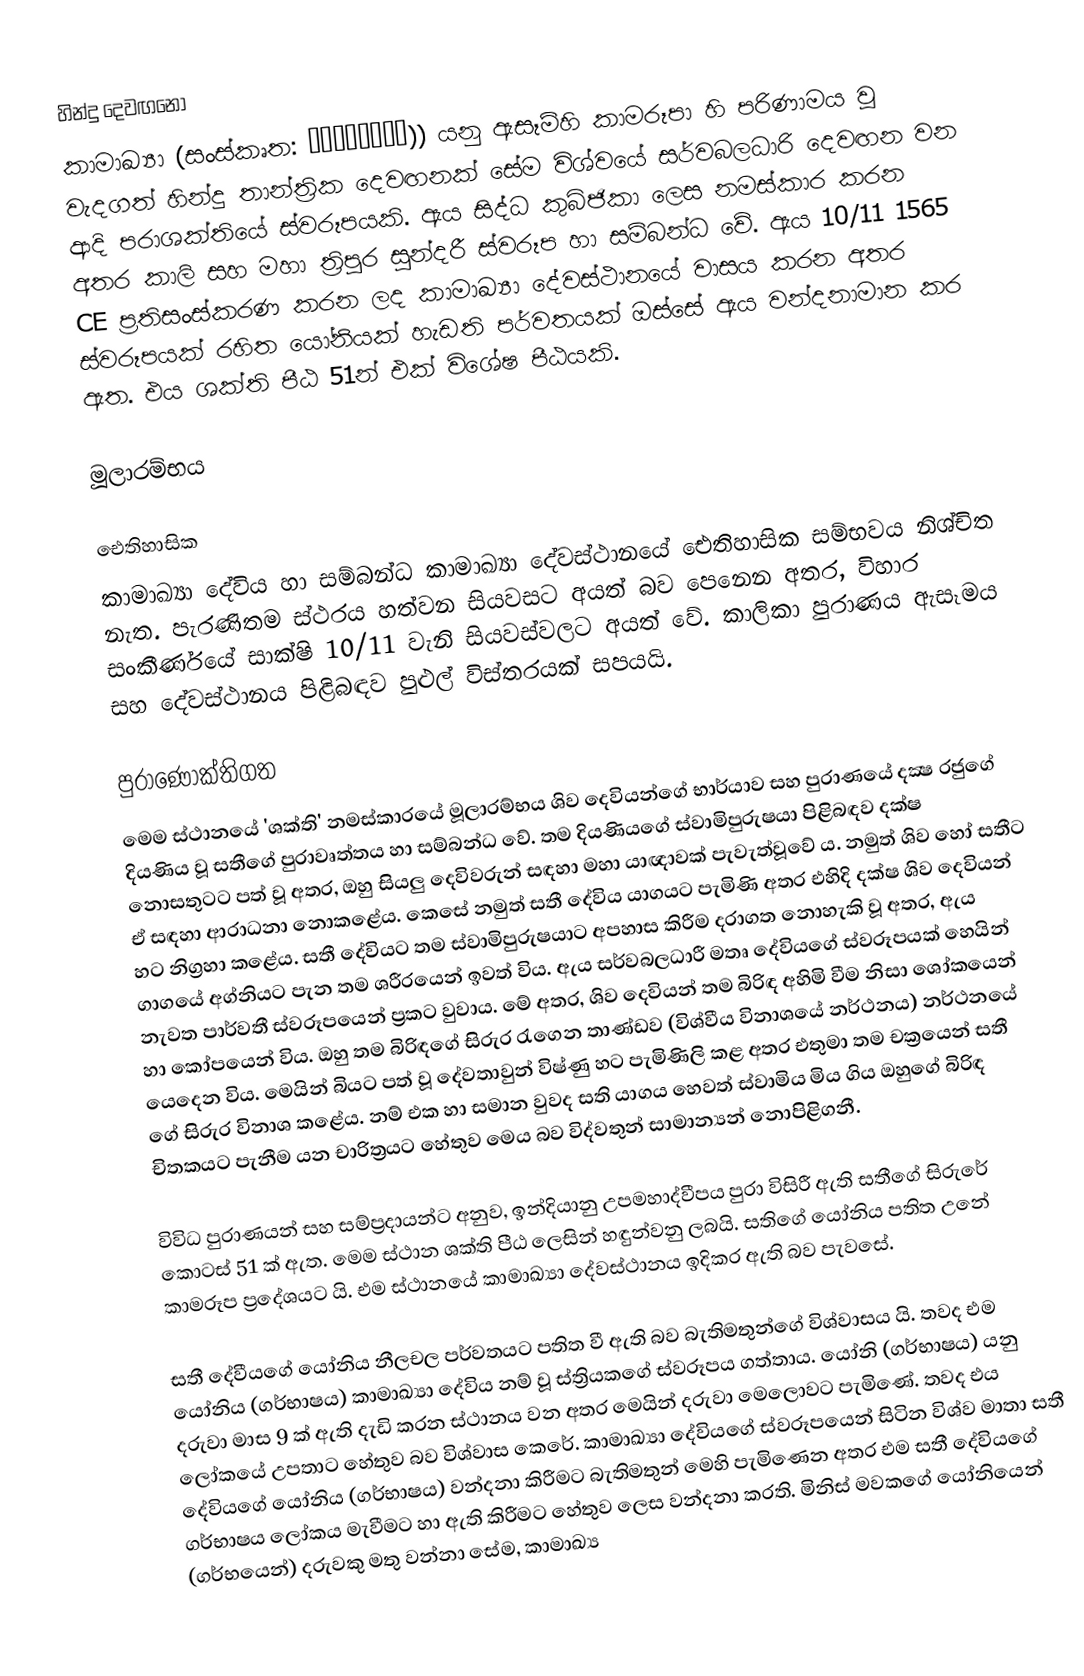
හින්දු දෙවඟනෝ
කාමාඛ්‍යා (සංස්කෘත: कामाख्या)) යනු ඇසෑම්හි කාමරූපා හි පරිණාමය වූ වැදගත් හින්දු තාන්ත්‍රික දෙවඟනක් සේම විශ්වයේ සර්වබලධාරි දෙවඟන වන ආදි පරාශක්තියේ ස්වරූපයකි. ඇය සිද්ධ කුබ්ජිකා ලෙස නමස්කාර කරන අතර කාලි සහ මහා ත්‍රිපුර සුන්දරී ස්වරූප හා සම්බන්ධ වේ. ඇය 10/11 1565 CE ප්‍රතිසංස්කරණ කරන ලද කාමාඛ්‍යා දේවස්ථානයේ වාසය කරන අතර ස්වරූපයක් රහිත යෝනියක් හැඩති පර්වතයක් ඔස්සේ ඇය වන්දනාමාන කර ඇත. එය ශක්ති පීඨ 51න් එක් විශේෂ පීඨයකි.

මූලාරම්භය

ඓතිහාසික
කාමාඛ්‍යා දේවිය හා සම්බන්ධ කාමාඛ්‍යා දේවස්ථානයේ ඓතිහාසික සම්භවය නිශ්චිත නැත. පැරණිතම ස්ථරය හත්වන සියවසට අයත් බව පෙනෙන අතර, විහාර සංකීර්ණයේ සාක්ෂි 10/11 වැනි සියවස්වලට අයත් වේ. කාලිකා පුරාණය ඇසෑමය සහ දේවස්ථානය පිළිබඳව පුළුල් විස්තරයක් සපයයි.

පුරාණෝක්තිගත
මෙම ස්ථානයේ 'ශක්ති' නමස්කාරයේ මූලාරම්භය ශිව දෙවියන්ගේ භාර්යාව සහ පුරාණයේ දක්‍ෂ රජුගේ දියණිය වූ සතීගේ පුරාවෘත්තය හා සම්බන්ධ වේ. තම දියණියගේ ස්වාමිපුරුෂයා පිළිබඳව දක්ෂ නොසතුටට පත් වූ අතර, ඔහු සියලු දෙවිවරුන් සඳහා මහා යාඥාවක් පැවැත්වූවේ ය. නමුත් ශිව හෝ සතීට ඒ සඳහා ආරාධනා නොකළේය. කෙසේ නමුත් සතී දේවිය යාගයට පැමිණි අතර එහිදි දක්ෂ ශිව දෙවියන් හට නිග්‍රහා කළේය. සතී දේවියට තම ස්වාමිපුරුෂයාට අපහාස කිරීම දරාගත නොහැකි වූ අතර, ඇය ගාගයේ අග්නියට පැන තම ශරීරයෙන් ඉවත් විය. ඇය සර්වබලධාරී මතෘ දේවියගේ ස්වරූපයක් හෙයින් නැවත පාර්වතී ස්වරූපයෙන් ප්‍රකට වුවාය. මේ අතර, ශිව දෙවියන් තම බිරිඳ අහිමි වීම නිසා ශෝකයෙන් හා කෝපයෙන් විය. ඔහු තම බිරිඳගේ සිරුර රැගෙන තාණ්ඩව (විශ්වීය විනාශයේ නර්ථනය) නර්ථනයේ යෙදෙන විය. මෙයින් බියට පත් වූ දේවතාවුන් විෂ්ණු හට පැමිණිලි කළ අතර එතුමා තම චක්‍රයෙන් සතී ගේ සිරුර විනාශ කළේය. නම් එක හා සමාන වුවද සති යාගය හෙවත් ස්වාමිය මිය ගිය ඔහුගේ බිරිඳ චිතකයට පැනීම යන චාරිත්‍රයට හේතුව මෙය බව විද්වතුන් සාමාන්‍යන් නොපිළිගනී.

විවිධ පුරාණයන් සහ සම්ප්‍රදායන්ට අනුව, ඉන්දියානු උපමහාද්වීපය පුරා විසිරී ඇති සතීගේ සිරුරේ කොටස් 51 ක් ඇත. මෙම ස්ථාන ශක්ති පීඨ ලෙසින් හඳුන්වනු ලබයි. සතිගේ යෝනිය පතිත උනේ කාමරූප ප්‍රදේශයට යි. එම ස්ථානයේ කාමාඛ්‍යා දේවස්ථානය ඉදිකර ඇති බව පැවසේ.

සතී දේවීයගේ යෝනිය නීලචල පර්වතයට පතිත වී ඇති බව බැතිමතුන්ගේ විශ්වාසය යි. තවද එම යෝනිය (ගර්භාෂය) කාමාඛ්‍යා දේවිය නම් වූ ස්ත්‍රියකගේ ස්වරූපය ගත්තාය. යෝනි (ගර්භාෂය) යනු දරුවා මාස 9 ක් ඇති දැඩි කරන ස්ථානය වන අතර මෙයින් දරුවා මෙලොවට පැමිණේ. තවද එය ලෝකයේ උපතාට හේතුව බව විශ්වාස කෙරේ. කාමාඛ්‍යා දේවියගේ ස්වරූපයෙන් සිටින විශ්ව මාතා සතී දේවියගේ යෝනිය (ගර්භාෂය) වන්දනා කිරීමට බැතිමතුන් මෙහි පැමිණෙන අතර එම සතී දේවියගේ ගර්භාෂය ලෝකය මැවීමට හා ඇති කිරීමට හේතුව ලෙස වන්දනා කරති. මිනිස් මවකගේ යෝනියෙන් (ගර්භයෙන්) දරුවකු මතු වන්නා සේම, කාමාඛ්‍ය